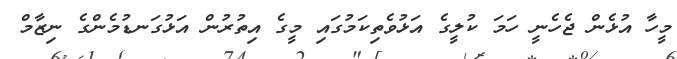
މީހާ އުޅެން ޖެހެނީ ހަމަ ކުލީގެ އަޅުވެތިކަމުގައި މީގެ އިތުރުން އަޅުގަނޑުމެންގެ ނިޒާމް